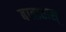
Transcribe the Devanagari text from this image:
बातातास्